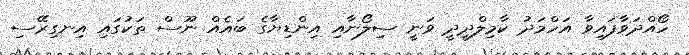
ހޯއްދަވާފައިވާ އަހްމަދު ކާމިލްދީދީ ވަނީ ސިލޯނާއި އިންޑިޔާގެ ބައެއް ނޫސް ތަކުގައި އިނގިރޭސި